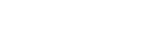
ရေအားလျှပ်စစ်